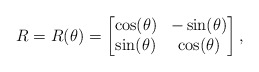
\begin{align*} R = R(\theta) = \begin{bmatrix} \cos(\theta) & -\sin(\theta) \\ \sin(\theta) & \cos(\theta) \end{bmatrix},\end{align*}